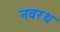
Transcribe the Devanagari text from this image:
नवरथ